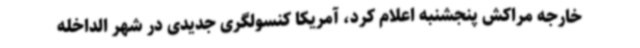
خارجه مراکش پنجشنبه اعلام کرد، آمریکا کنسولگری جدیدی در شهر الداخله